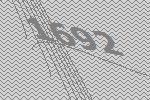
1692